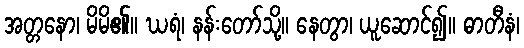
အတ္တနော၊ မိမိ၏။ ဃရံ၊ နန်းတော်သို့။ နေတွာ၊ ယူဆောင်၍။ ဓာတီနံ၊